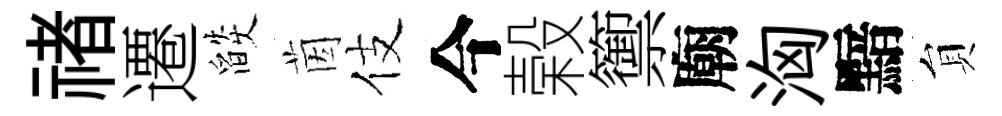
禇遷燄茵伎今榖籞廟洶黯貟